Senior Leaving Certificate Examination (including Day School Certificate (Higher) General paper), 1950
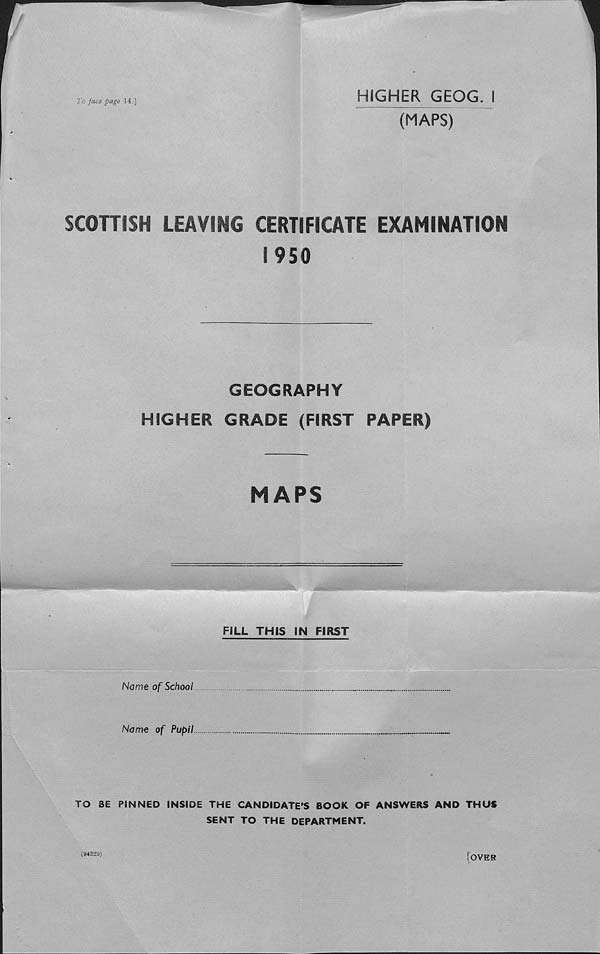
To face page 14.]
HIGHER GEQG. I
(MAPS)
SCOTTISH LEAVING CERTIFICATE EXAMINATION
1950
GEOGRAPHY
HIGHER GRADE (FIRST PAPER)
MAPS
FILL THIS IN FIRST
Name of School
Name of Pupil
TO BE PINNED INSIDE THE CANDIDATE'S BOOK OF ANSWERS AND THUS
SENT TO THE DEPARTMENT.
(94329)
OVER